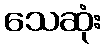
သေဆုံး